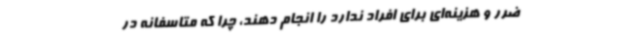
ضرر و هزینه‌ای برای افراد ندارد را انجام دهند، چرا که متاسفانه در